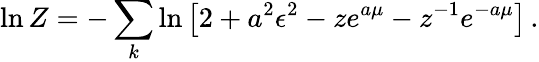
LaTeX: \ln Z=-\sum_{k}\ln\left[2+a^{2}\epsilon^{2}-ze^{a\mu}-z^{-1}e^{-a\mu}\right]\, .